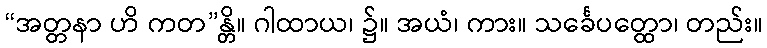
“အတ္တနာ ဟိ ကတ”န္တိ။ ဂါထာယ၊ ၌။ အယံ၊ ကား။ သင်္ခေပတ္ထော၊ တည်း။